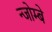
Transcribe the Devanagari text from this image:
न्जोम्बे